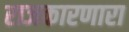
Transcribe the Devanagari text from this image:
राजकारणारा